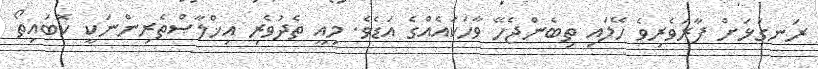
ރަނގަޅަށް ފާރަވެރިވެ ހޭލައި ތިބެންޖެހޭ ވާހަކައެއްގެ އަޑެވެ. މިއީ ތެދުވެރި އިޚްލާޞްތެރިންނަކީ ކޮބައިތޯ